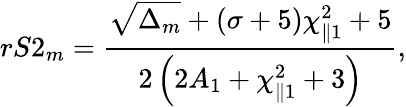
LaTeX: rS2_{m}=\frac{\sqrt{\Delta_{m}}+(\sigma+5)\chi_{\parallel 1}^{2}+5}{2\left(2A_{1}+\chi_{\parallel 1}^{2}+3\right)},